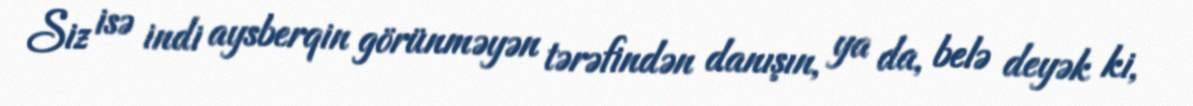
Siz isə indi aysberqin görünməyən tərəfindən danışın, ya da, belə deyək ki,